Indian Medical Review
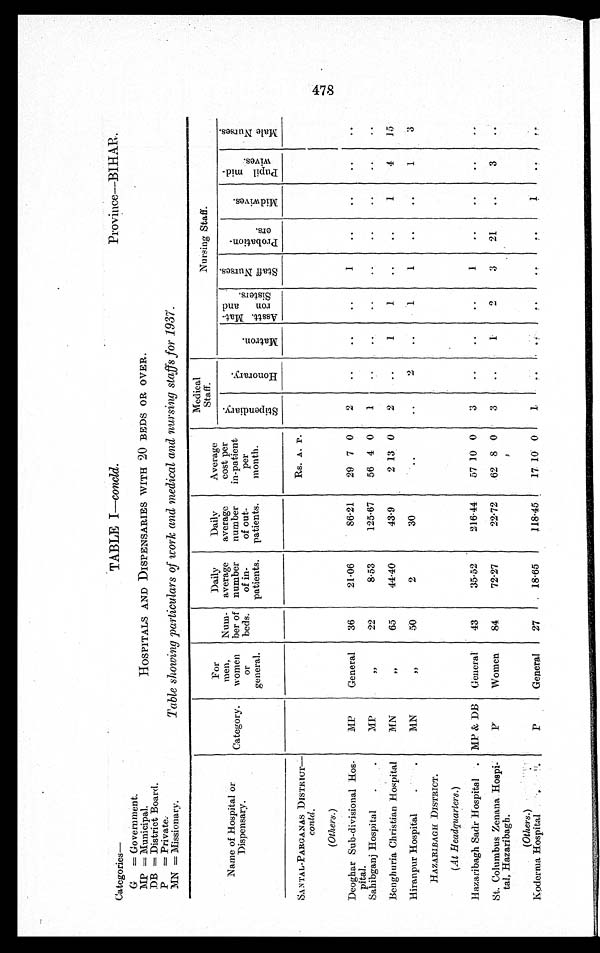
Categories
G
=Government.
MP = Municipal.
DB District Board.
P = Private.
MN = Missionary.
TABLE I—concld.
Province—BIHAR.
HOSPITALS AND DISPENSARIES WITH 20 BEDS OR OVER.
Table showing particulars of work and medical and nursing staffs for 1937.
Name of hospital or
Dispensary.
Category.
For
men,
women
or
general.
Num-
ber of
beds.
Daily
average
number
of in-
patients.
Daily
average averag
number
of out-
patients.
Average
cost per
in-patient
per
month.
Medical
Staff.
Nursing Staff.
S t i p e n d i a r y .
H o n o r a r y .
M a t r o n .
Asstt. Mat-
ron and
Sisters.
S t a f f N u r s e s .
P r o b a t i o n -
e r s .
M i d w i v e s .
P u p i l m i d -
w i v e s .
M a l e N u r s e s .
SANTAL-PARGANAS DISTRICT—
contd.
MP
General
36
21.06
86.21
Rs. A. I'.
2
..
..
..
1
..
..
..
..
(Others.)
29 7 0
Deoghar Sub-divisional Hos-
pital.
Sahibganj Hospital
.
.
MP
, ,
2 2
8.53
125.67
56 4 0
1
..
..
..
..
..
..
. .
. .
Bengh uria Christian Hospital
MN
, ,
65
44.40
43.9
2 13 0
2
..
1
1
. .
. .
1
4
15
Hiranpur Hospital
.
.
MN
, ,
50
2
30
..
..
2
..
1
1
..
..
1
3
HAZARIBAGH DISTRICT.
MP & DB
General
43
35.52
216.44
57 10 0
3
. .
..
..
1
. .
. .
. .
. .
(At Headquarters.)
Hazaribagh Sadr Hospital .
St. Columbus Zenana Hospi-
tal, Hazaribagh.
P
Women
84
72.27
22.72
62 8 0
3
..
1
2
3
21
..
3
..
(Others.)
P
General
27
18.65
118.45
17 10 0
1
. .
. . ..
. . . .
1
. .
. .
Koderma Hospital . .